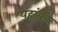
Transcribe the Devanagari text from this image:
यहांकी